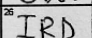
Transcription: IRD